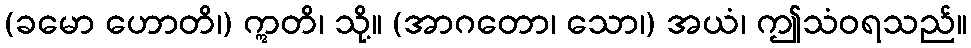
(ခမော ဟောတိ၊) ဣတိ၊ သို့။ (အာဂတော၊ သော၊) အယံ၊ ဤသံဝရသည်။